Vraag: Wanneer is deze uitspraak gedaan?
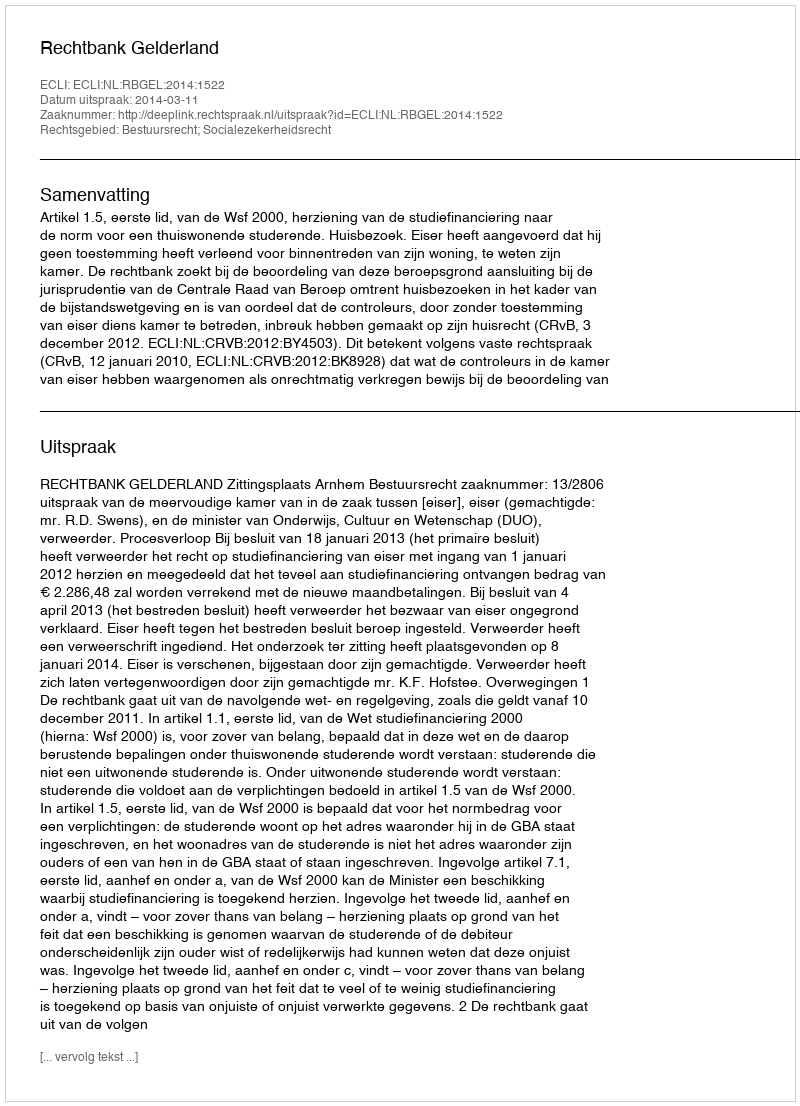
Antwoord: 2014-03-11